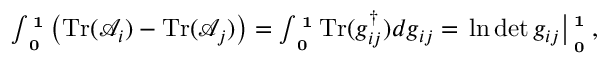
\begin{array} { r } { \int _ { \bf \Pi _ { 0 } } ^ { \bf \Pi _ { 1 } } \left( \mathrm { T r } ( \mathcal { A } _ { i } ) - \mathrm { T r } ( \mathcal { A } _ { j } ) \right) = \int _ { \bf \Pi _ { 0 } } ^ { \bf \Pi _ { 1 } } \mathrm { T r } ( g _ { i j } ^ { \dagger } ) d g _ { i j } = \left. \ln \operatorname* { d e t } g _ { i j } \right| _ { \bf \Pi _ { 0 } } ^ { \bf \Pi _ { 1 } } , } \end{array}